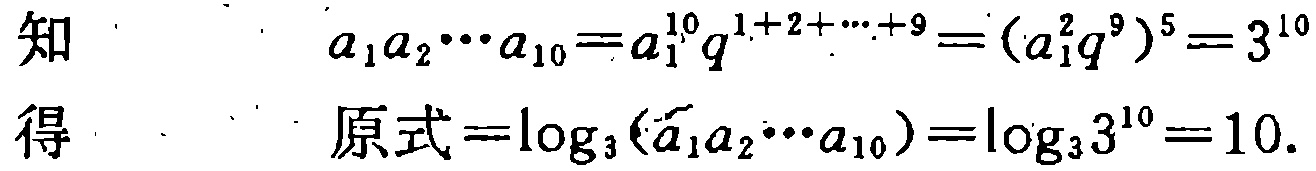
知
\[
a_{1}a_{2}\cdots a_{10}=a_{1}^{10}q^{1 + 2+\cdots+9}=(a_{1}^{2}q^{9})^{5}=3^{10}
\]
得
\[
原式=\log_{3}(a_{1}a_{2}\cdots a_{10})=\log_{3}3^{10}=10.
\]